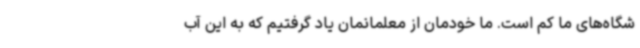
شگاه‌های ما کم است. ما خودمان از معلمانمان یاد گرفتیم که به این آب